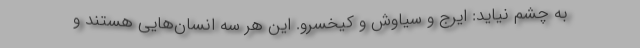
به چشم نیاید: ایرج و سیاوش و کیخسرو. این هر سه انسان‌هایی هستند و